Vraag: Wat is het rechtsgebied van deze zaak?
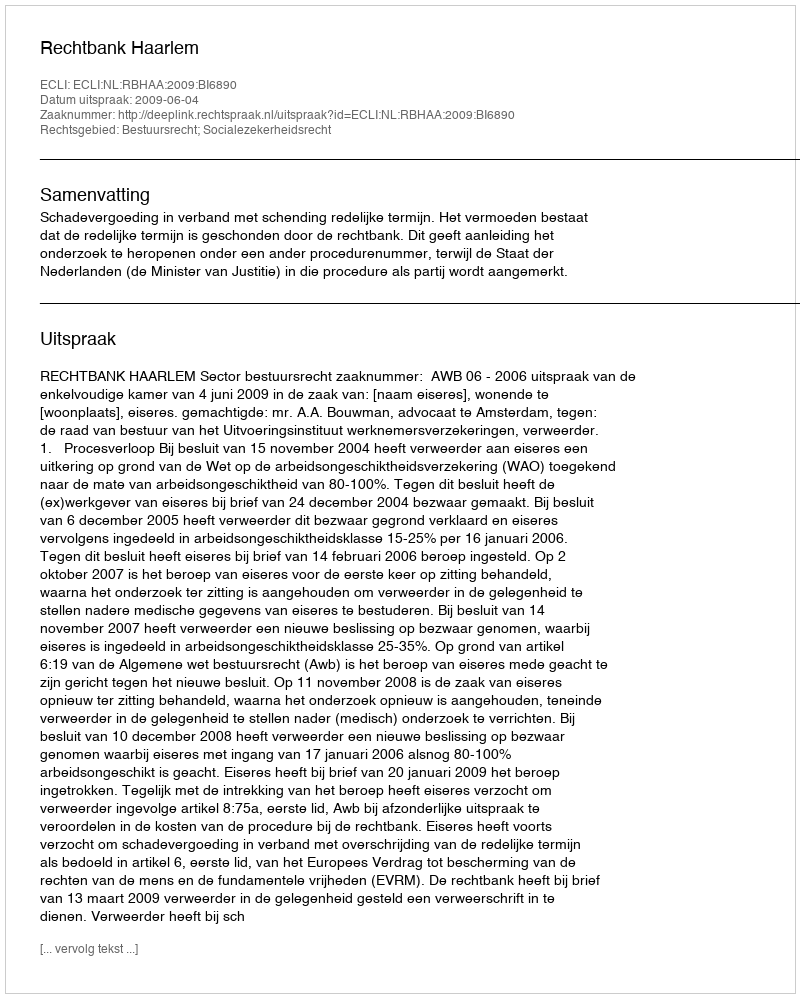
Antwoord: Bestuursrecht; Socialezekerheidsrecht